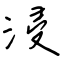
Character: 浸